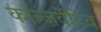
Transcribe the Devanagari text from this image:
कॉन्ज़र्वेटिव